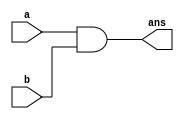
module and1x1(
  input a,
  input b,
  output ans
  );

  and g1(ans,a,b);
  
endmodule